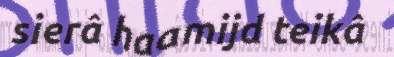
sierâ haamijd teikâ